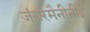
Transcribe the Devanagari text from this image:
जंगरमैनीनीई